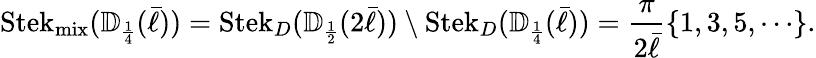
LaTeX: \operatorname{Stek}_{\operatorname{mix}}({\mathbb{D}}_{\scriptscriptstyle{\frac{1}{4}}}(\bar{\ell}))=\operatorname{Stek}_{D}({\mathbb{D}}_{\scriptscriptstyle{\frac{1}{2}}}(2\bar{\ell}))\setminus\operatorname{Stek}_{D}({\mathbb{D}}_{\scriptscriptstyle{\frac{1}{4}}}(\bar{\ell}))=\frac{\pi}{2\bar{\ell}}\left\{ 1,3,5,\cdots\right\} .